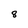
Character: 8